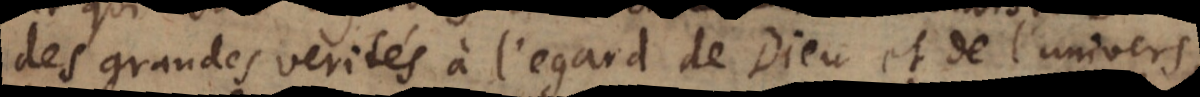
des grandes verités à l’egard de Dieu et de l’univers,